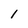
Character: 1